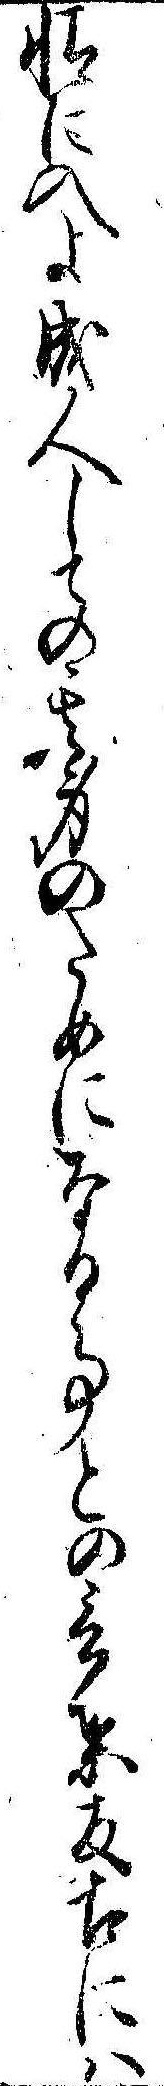
情に入よ成人しての其身のためになる事との言葉反古には